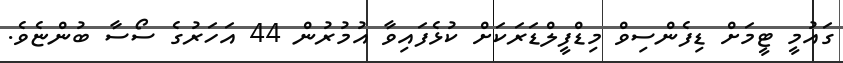
ގައުމީ ޓީމަށް ޑިފެންސިވް މިޑްފީލްޑަރަކަށް ކުޅެފައިވާ އުމުރުން 44 އަހަރުގެ ސޯސާ ބުންޏެވެ.